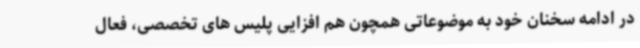
در ادامه سخنان خود به موضوعاتی همچون هم افزایی پلیس های تخصصی، فعال